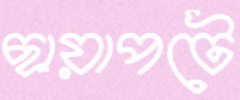
ছায়াপটে